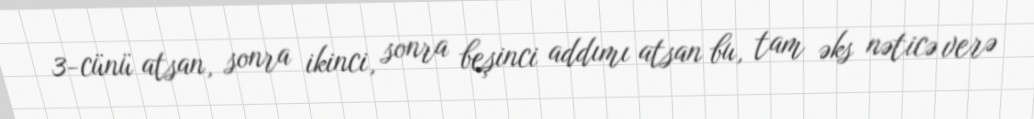
3-cünü atsan, sonra ikinci, sonra beşinci addımı atsan bu, tam əks nəticə verə